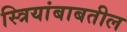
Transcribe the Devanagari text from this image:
स्त्रियांबाबतील